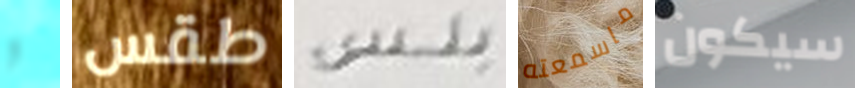
و طقس بلس ماسمعته سيكون